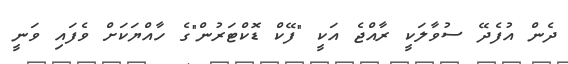
ދެން އުފެދޭ ސުވާލަކީ ރާއްޖެ އަކީ "ފޭކް ޑޮކްޓަރުން"ގެ ހާއްޔަކަށް ވެފައި ވަނީ